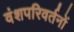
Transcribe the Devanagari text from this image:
वंशपरिवर्तनों